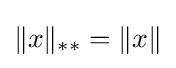
\|x\|_{**}=\|x\|